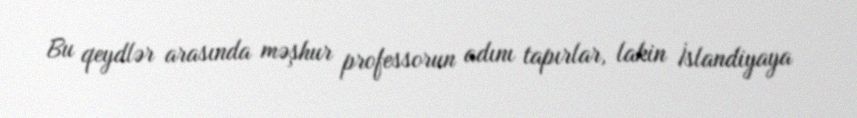
Bu qeydlər arasında məşhur professorun adını tapırlar, lakin İslandiyaya